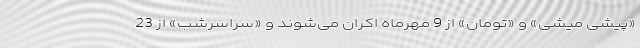
«پیشی میشی» و «تومان» از 9 مهرماه اکران می‌شوند و «سراسرشب» از 23